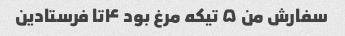
سفارش من ۵ تیکه مرغ بود ۴تا فرستادین